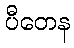
ပီတေန